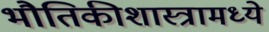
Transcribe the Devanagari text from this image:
भौतिकीशास्त्रामध्ये